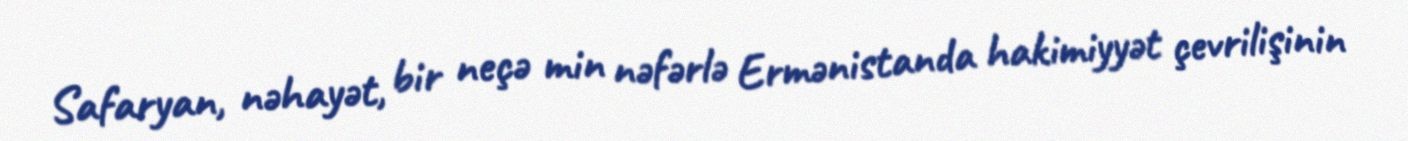
Safaryan, nəhayət, bir neçə min nəfərlə Ermənistanda hakimiyyət çevrilişinin